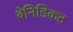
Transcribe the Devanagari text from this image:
बेनिडिकट